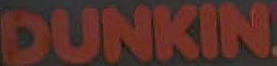
.DUNKIN